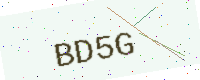
Text: BD5G